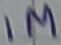
Text: 1M